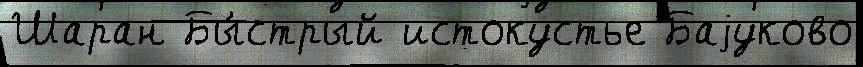
Шаран Бы́стрый истокустье Баjуково